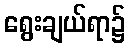
ရွေးချယ်ရာ၌